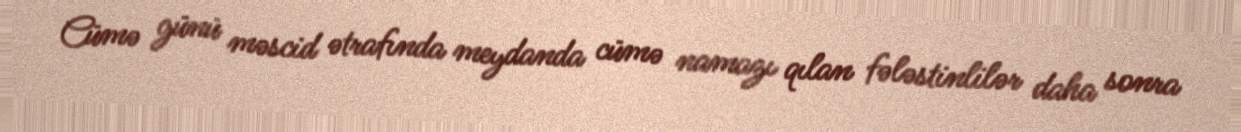
Cümə günü məscid ətrafında meydanda cümə namazı qılan fələstinlilər daha sonra